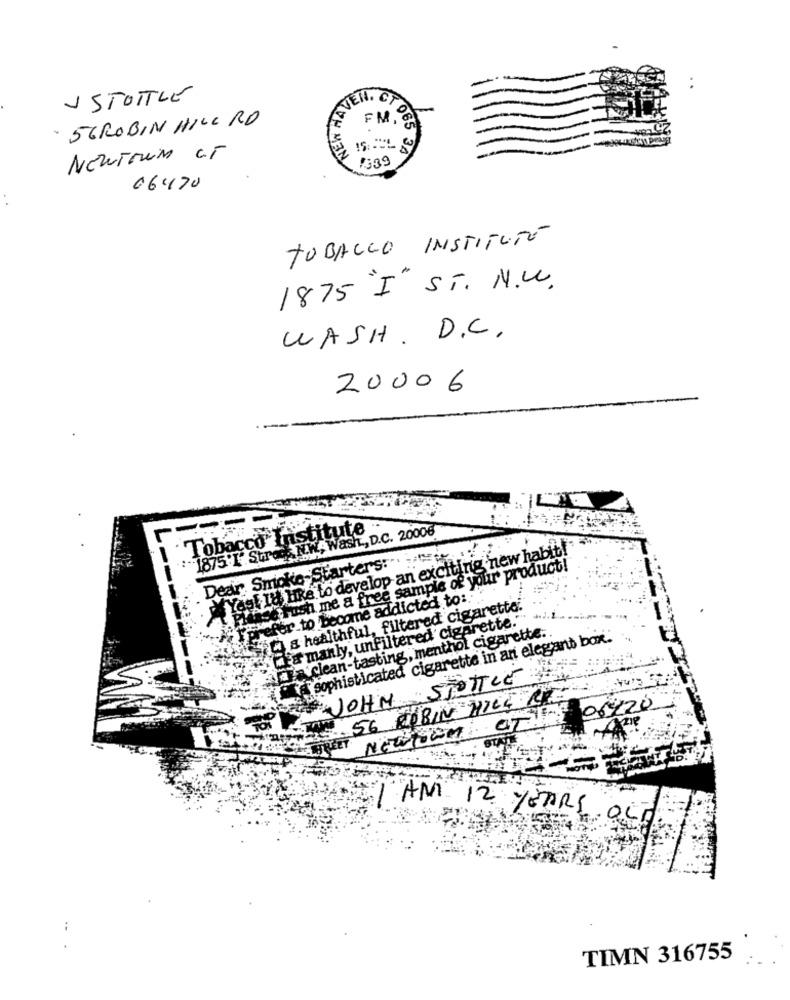
NEW HAD
1 STOTTLE
EVEN, CTO
-
56ROBIN HILL RD
FM,
NEUTrum CT
1339
1065 34
06470
. .
TOBACCO INSTITUTE
1875 I" ST. N.W.
WASH. D.C.
20006
Tobacco Institute
1875'I Str. N.W ., Wash ., D.C. 20006
Yagl I'd Like to develop an exciting new habit!
Dear Smoke Starters:"
dase rush me a free sample of your product!
AREFefer.to Become addicted to:
C) & healthful, filtered cigarette
Casa manly, unfiltered cigarette."
-3.
are clean-tasting, menthol cigarette ..
sophisticated cigarette in an elegant box.
JOHN STOTTLE
56 ROBIN HICE RED
00720
NEWSOM OT
I AM 12 YEARS OLD
TIMN 316755